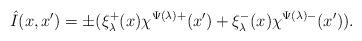
LaTeX: \begin{align*}\hat{I}(x,x')=\pm(\xi_\lambda^+(x)\chi^{\Psi(\lambda)+}(x')+\xi_\lambda^-(x)\chi^{\Psi(\lambda)-}(x')).\end{align*}